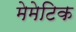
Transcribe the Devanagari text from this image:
मेमेटिक